Malaria in the Punjab - Number 46
Disease focus: Malaria
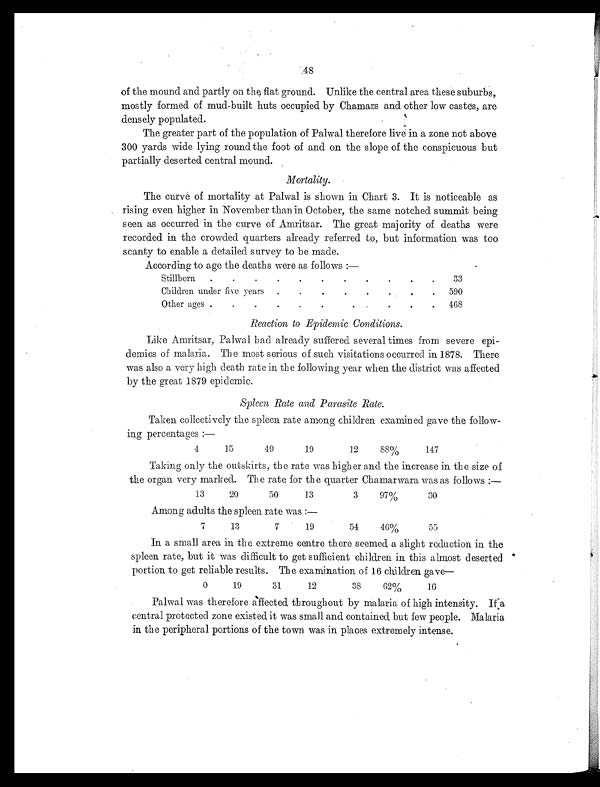
48
of the mound and partly on the flat ground. Unlike the central area these suburbs,
mostly formed of mud-built huts occupied by Chamars and other low castes, are
densely populated.
The greater part of the population of Palwal therefore live in a zone not above
300 yards wide lying round the foot of and on the slope of the conspicuous but
partially deserted central mound.
Mortality.
The curve of mortality at Palwal is shown in Chart 3. It is noticeable as
rising even higher in November than in October, the same notched summit being
seen as occurred in the curve of Amritsar. The great majority of deaths were
recorded in the crowded quarters already referred to, but information was too
scanty to enable a detailed survey to be made.
According to age the deaths were as follows:—
Stillborn .
.
.
.
.
.
.
.
.
.
.
33
Children under five years .
.
.
.
.
.
.
. 590
Other ages .
.
.
.
.
.
. .
.
.
. 468
Reaction to Epidemic Conditions.
Like Amritsar, Palwal had already suffered several times from severe epi-
demics of malaria. The most serious of such visitations occurred in 1878. There
was also a very high death rate in the following year when the district was affected
by the great 1879 epidemic.
Spleen Rate and Parasite Rate.
Taken collectively the spleen rate among children examined gave the follow-
ing percentages:—
4
15
49
19
12
88%
147
Taking only the outskirts, the rate was higher and the increase in the size of
the organ very marked. The rate for the quarter Chamarwara was as follows:—
13
20
50
13
3
97%
30
Among adults the spleen rate was:—
7
13
7
19
54
46%
55
In a small area in the extreme centre there seemed a slight reduction in the
spleen rate, but it was difficult to get sufficient children in this almost deserted
portion to get reliable results. The examination of 16 children gave
—
0
19
31
12
38
62%
16
Palwal was therefore affected throughout by malaria of high intensity. If a
central protected zone existed it was small and contained but few people. Malaria
in the peripheral portions of the town was in places extremely intense.